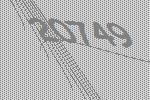
20749